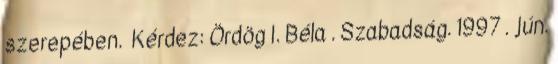
szerepében. Kérdez: Ördög I. Béla . Szabadság. 1997 . jún.